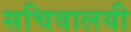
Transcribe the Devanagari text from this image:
सचिवालयी